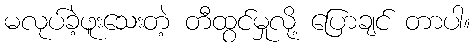
မလုပ်ခဲ့ဖူးသေးတဲ့ တီထွင်မှုလို့ ပြောချင် တာပါ။